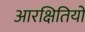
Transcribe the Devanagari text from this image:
आरक्षितियों